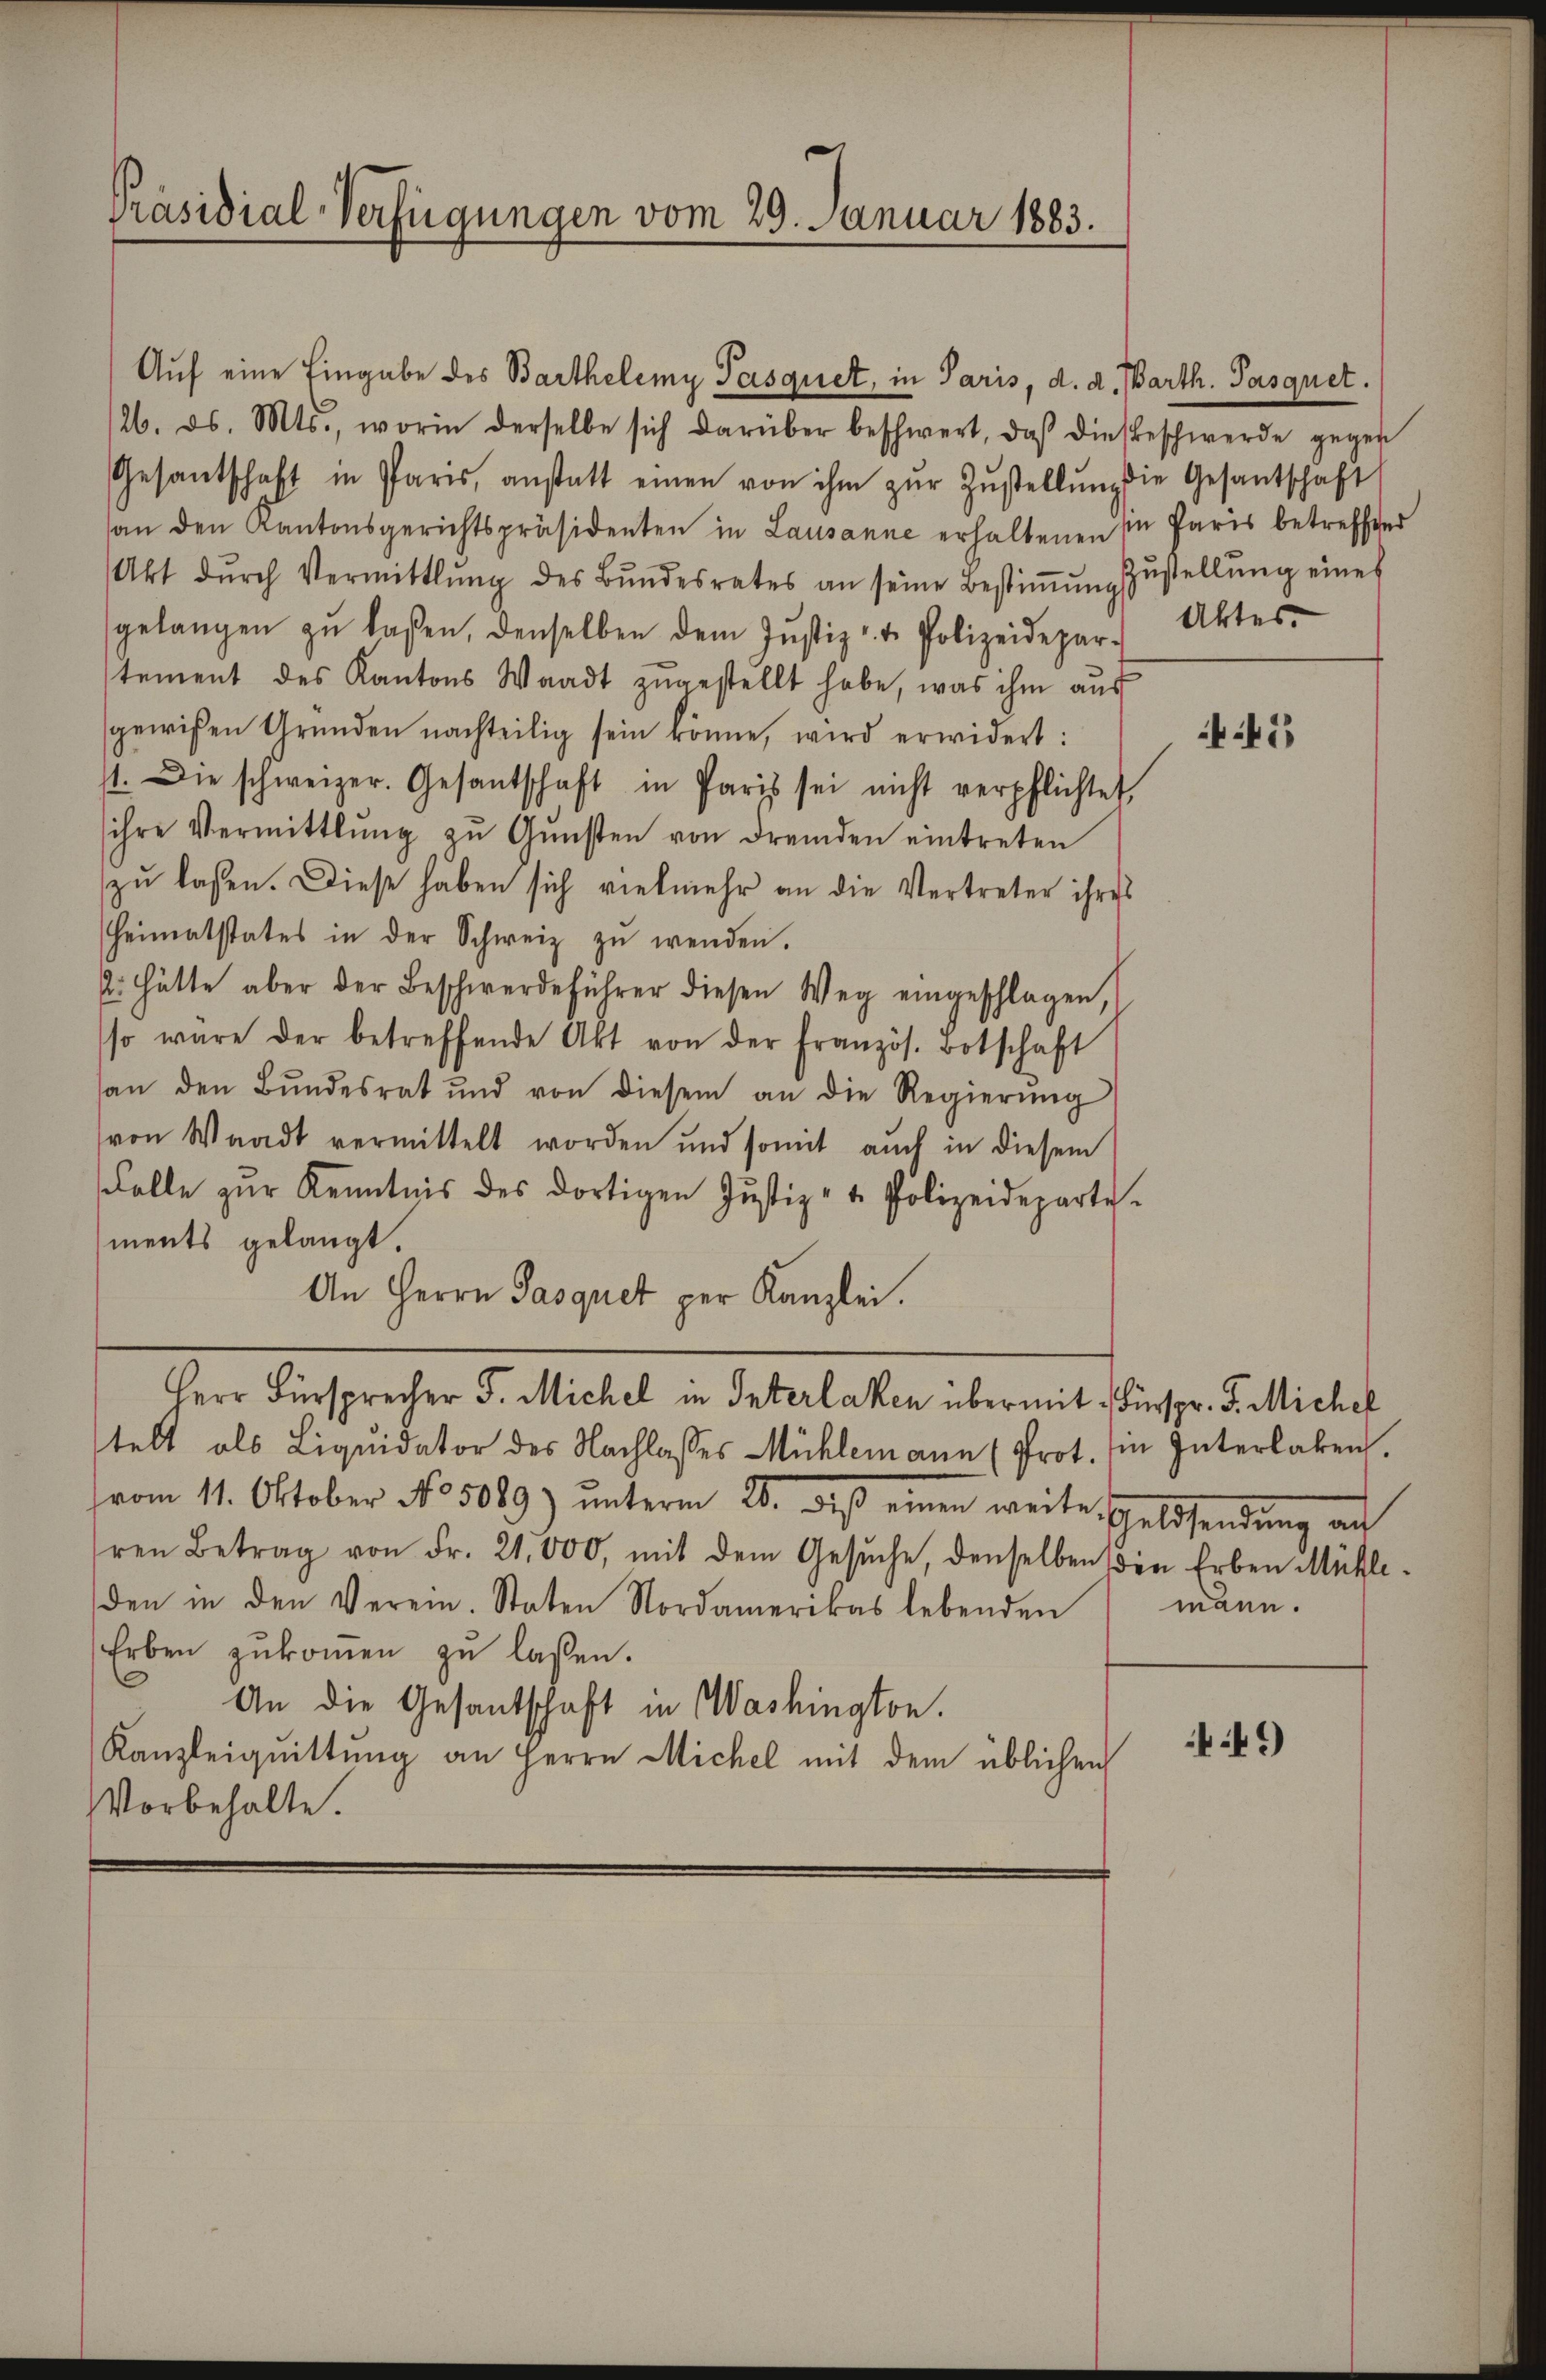
Auf eine Eingabe des Barthelemy Pasquet, in Paris, d. d. Barth. Pasquet.
126. ds. Mts., worin derselbe sich darüber beschwert, daβ diesbeschwerde gegen
Gesantschaft in Paris, anstatt einen von ihm zŭr Zŭstellŭng die Gesantschaft
an den Kantonsgerichtspräsidenten in Lausanne erhaltenen in Paris betreffen
Akt dŭrch Vermittlung des Bŭndesrates an seine Bestiṁŭngs
gelangen zŭ lassen, denselben dem Jŭstiz- u. Polizeidepar-
stement des Kantons Waadt zŭgestellt habe, was ihm aŭs
sgewißen Gründen nachteilig sein könne, wird erwidert:
st. Die schweizer. Gesantschaft in Paris sei nicht verpflichtet,
ihre Vermittlung zŭ Gŭnsten von Fremden eintreten
zu lassen. Diese haben sich vielmehr an die Vertreter ihres
Heimatstates in der Schweiz zŭ wenden.
2. Hätte aber der Beschwerdeführer diesen Weg eingeschlagen,
so wäre der betreffende Akt von der französ. Botschaft
an den Bŭndesrat und von diesem an die Regierŭng
(von Waadt vermittelt worden und somit auch in diesem
Colle zŭr Kenntnis des dortigen Jŭstiz- u. Polizeideparte
ments gelangt.
An Herrn Pasquet per Kanzlei.
Herr Fürsprecher F. Michel in Interlaken übermit Fürspr. F. Michel
stell als Liquidator des Nachlasses Mühlemann (Prot. Ein Interlaken.
vom 11. Oktober No. 5089) unterm 20. des einen weite Geldsendung au
hren Betrag von Fr. 21,000, mit dem Gesŭche, denselben die Erben Mühle-
den in den Verein. Staten Nordamerikas lebenden
Erben zŭkoṁen zu laßen.
.
An die Gesantschaft in Washington.
Kanzleiquittung an Herrn Michel mit dem üblichen
Vorbehalte.

Präsidial-Verfügungen vom 29. Januar 1883.

Zustellung eines
Aktes.

41

mann.

49)